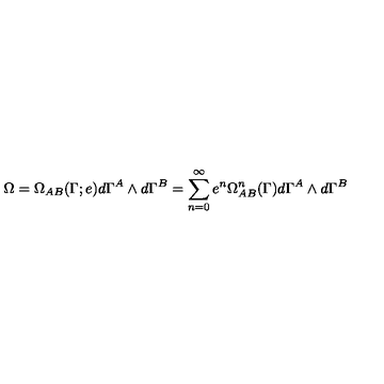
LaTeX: \Omega = \Omega _ { A B } ( \Gamma ; e ) d \Gamma ^ { A } \wedge d \Gamma ^ { B } = \sum _ { n = 0 } ^ { \infty } e ^ { n } \Omega _ { A B } ^ { n } ( \Gamma ) d \Gamma ^ { A } \wedge d \Gamma ^ { B }